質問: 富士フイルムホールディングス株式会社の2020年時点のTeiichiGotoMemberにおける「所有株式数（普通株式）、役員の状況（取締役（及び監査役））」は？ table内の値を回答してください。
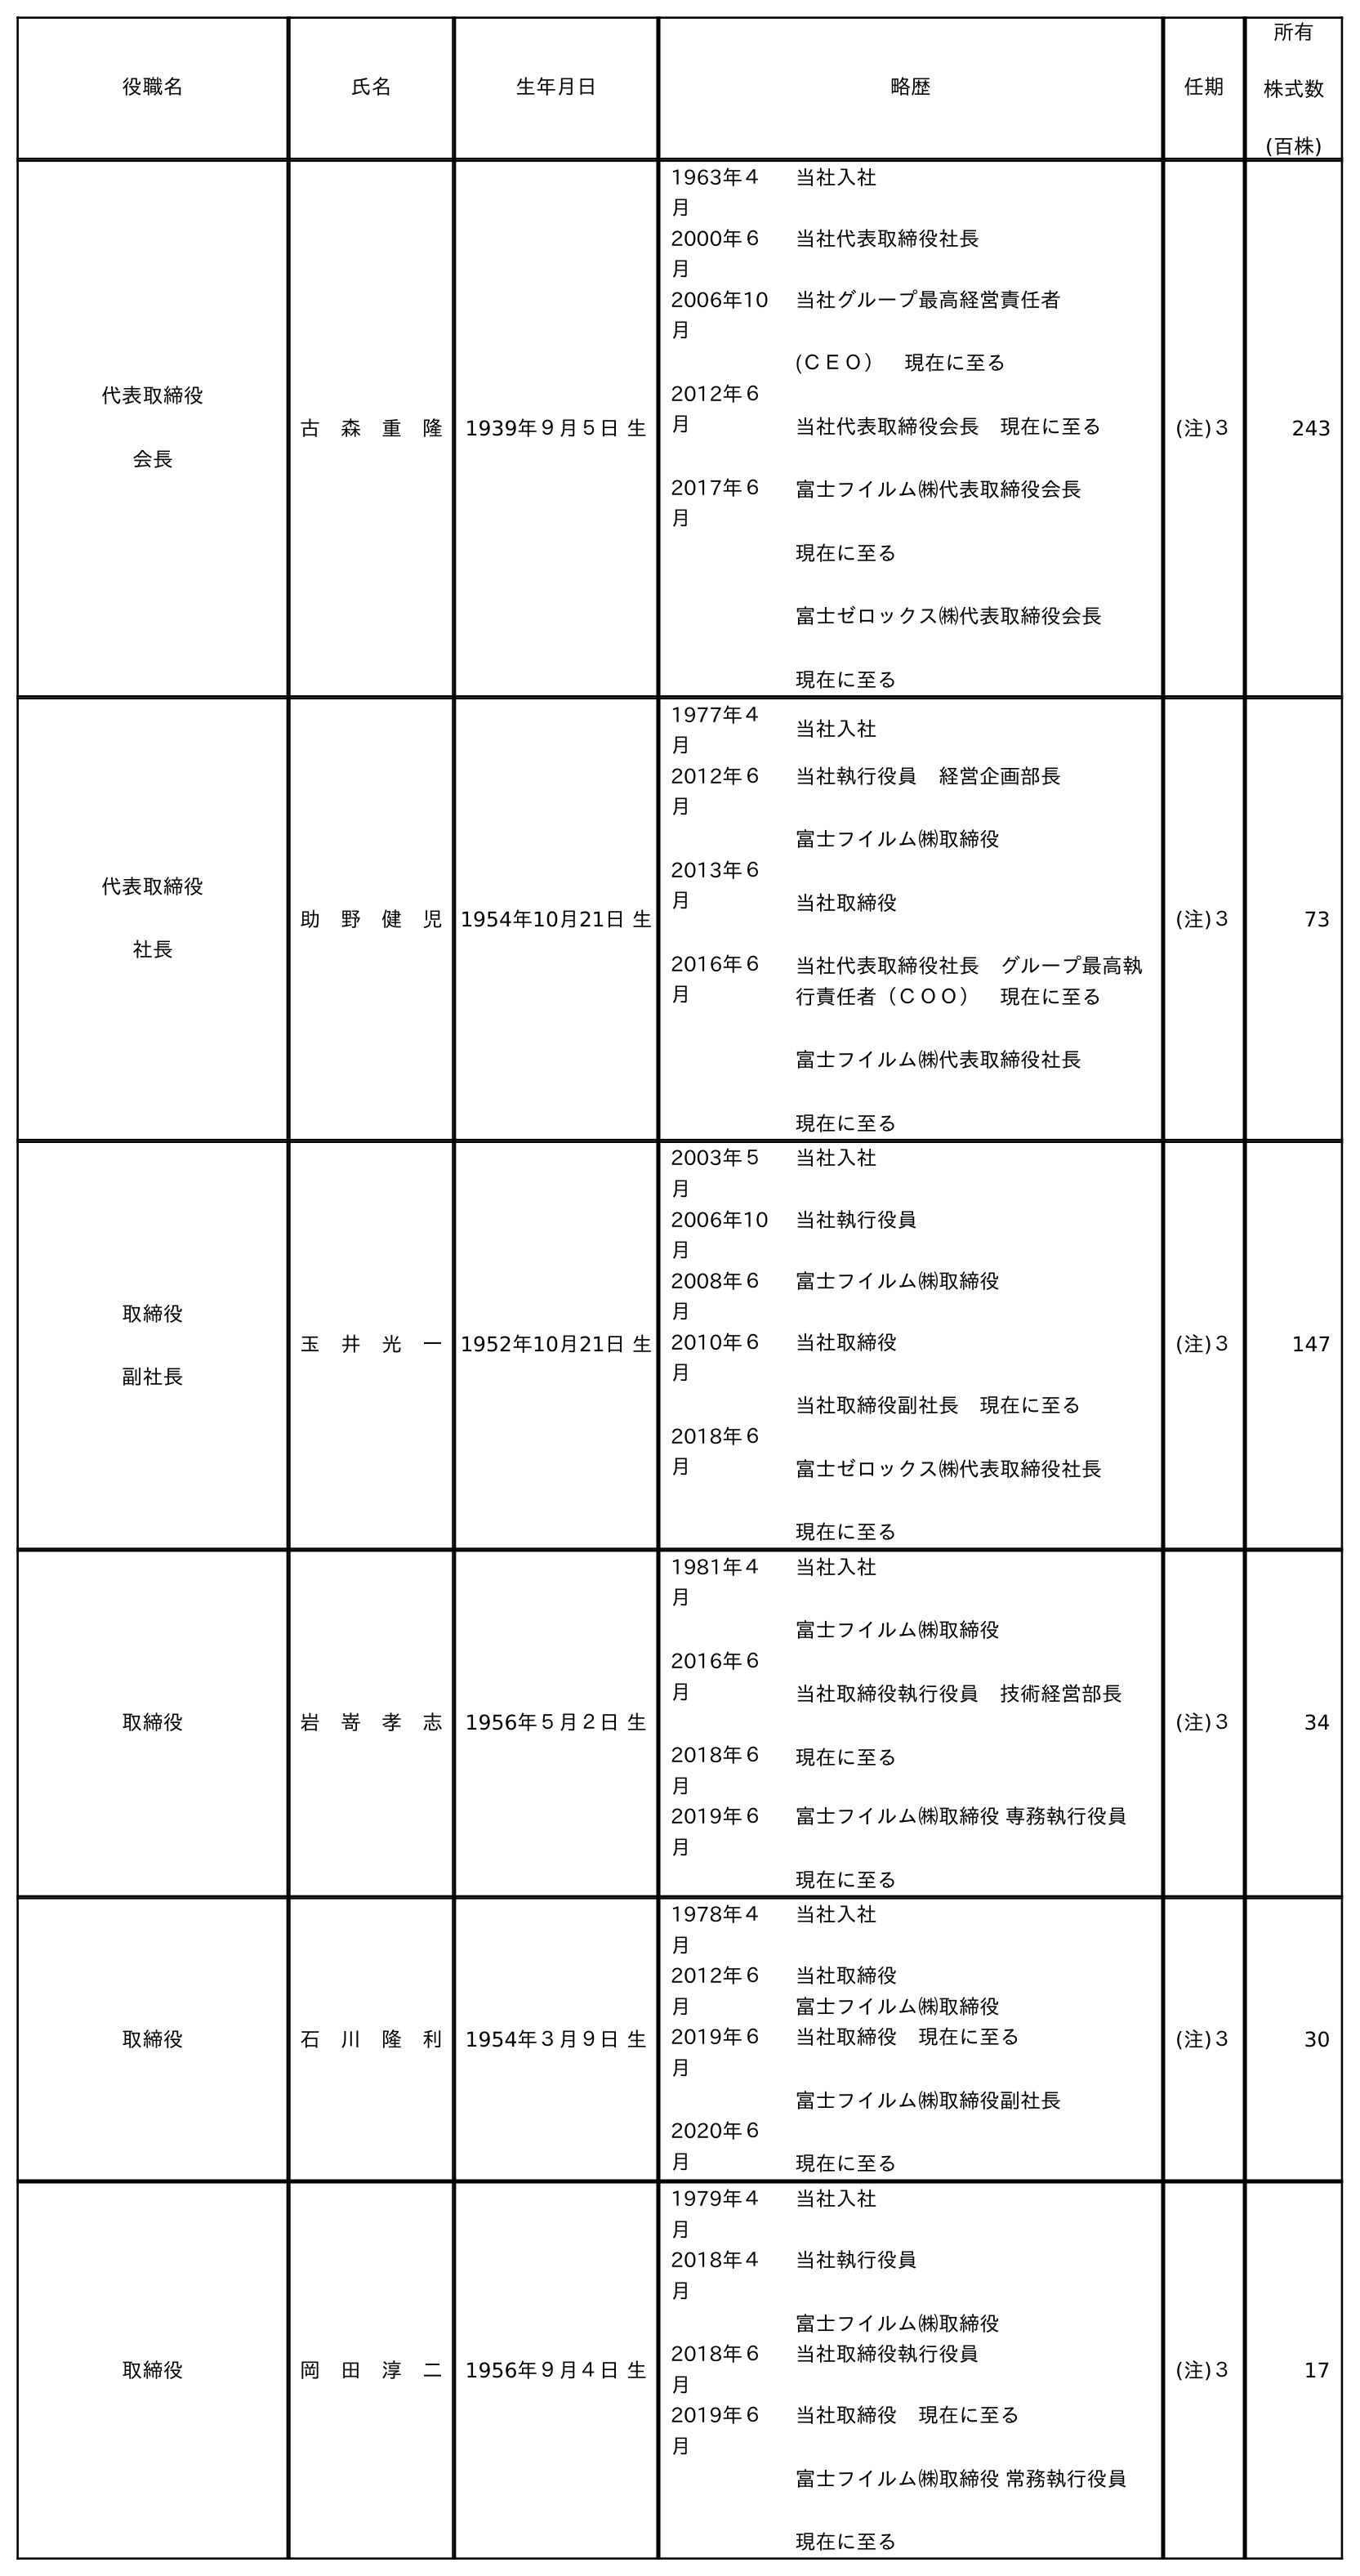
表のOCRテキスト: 役職名 氏名 生年月日 略歴 任期 所有 株式数 (百株) 代表取締役 会長 古 森 重 隆 1939年９月５日 生 1963年４ 月 当社入社 2000年６ 月 当社代表取締役社長 2006年10 月 2012年６ 月 2017年６ 月 当社グループ最高経営責任者 (ＣＥＯ） 現在に至る 当社代表取締役会長 現在に至る 富士フイルム㈱代表取締役会長 現在に至る 富士ゼロックス㈱代表取締役会長 現在に至る (注)３ 243 代表取締役 社長 助 野 健 児 1954年10月21日 生 1977年４ 月 当社入社 2012年６ 月 2013年６ 月 2016年６ 月 当社執行役員 経営企画部長 富士フイルム㈱取締役 当社取締役 当社代表取締役社長 グループ最高執 行責任者（ＣＯＯ） 現在に至る 富士フイルム㈱代表取締役社長 現在に至る (注)３ 73 取締役 副社長 玉 井 光 一 1952年10月21日 生 2003年５ 月 当社入社 2006年10 月 当社執行役員 2008年６ 月 富士フイルム㈱取締役 2010年６ 月 2018年６ 月 当社取締役 当社取締役副社長 現在に至る 富士ゼロックス㈱代表取締役社長 現在に至る (注)３ 147 取締役 岩 嵜 孝 志 1956年５月２日 生 1981年４ 月 2016年６ 月 2018年６ 月 当社入社 富士フイルム㈱取締役 当社取締役執行役員 技術経営部長 現在に至る 2019年６ 月 富士フイルム㈱取締役 専務執行役員 現在に至る (注)３ 34 取締役 石 川 隆 利 1954年３月９日 生 1978年４ 月 当社入社 2012年６ 月 当社取締役 富士フイルム㈱取締役 2019年６ 月 2020年６ 月 当社取締役 現在に至る 富士フイルム㈱取締役副社長 現在に至る (注)３ 30 取締役 岡 田 淳 二 1956年９月４日 生 1979年４ 月 当社入社 2018年４ 月 当社執行役員 富士フイルム㈱取締役 2018年６ 月 当社取締役執行役員 2019年６ 月 当社取締役 現在に至る 富士フイルム㈱取締役 常務執行役員 現在に至る (注)３ 17
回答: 27